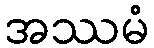
အဿမံ